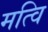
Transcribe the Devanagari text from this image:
मत्वि